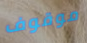
موقوف